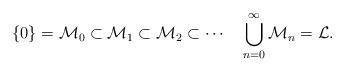
LaTeX: \begin{align*}\{0\} = \mathcal{M}_0 \subset \mathcal{M}_1 \subset \mathcal{M}_2 \subset\cdots \quad\bigcup_{n=0}^{\infty} \mathcal{M}_n = \mathcal{L}.\end{align*}